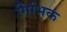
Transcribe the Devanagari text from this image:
र्गािभकं